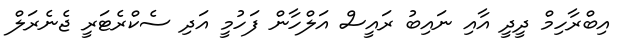
އިބްރާހިމް ދީދީ އާއި ނައިބު ރައީސް އަލްހާން ފަހުމީ އަދި ސެކްރެޓަރީ ޖެނެރަލް